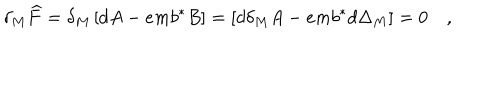
\delta _ { M } \widehat { F } = \delta _ { M } \left[ d A - e m b ^ { * } B \right] = \left[ d \delta _ { M } A - e m b ^ { * } d \Delta _ { M } \right] = 0 \quad ,